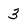
Character: 3